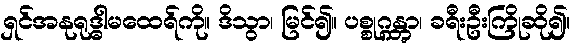
ရှင်အနုရုဒ္ဓါမထေရ်ကို။ ဒိသွာ၊ မြင်၍။ ပစ္စုဂ္ဂန္တွာ၊ ခရီးဦးကြိုဆို၍။